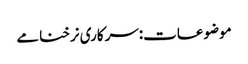
موضوعات:سرکاری نرخنامے